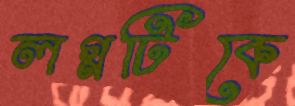
লগ্নটিকে